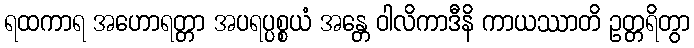
ရထကာရ အဟောရတ္တာ အပရပ္ပစ္စယံ အန္တေ ဝါလိကာဒီနိ ကာယဿာတိ ဥတ္တရိတွာ